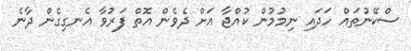
ސްކޭނުތައް ހަދައި ނިމުމުން ކުއްޖާ އަށް ދެވެން އޮތް ފަރުވާ އެނގިގެން ދާނެ